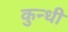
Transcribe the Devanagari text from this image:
कुन्धी